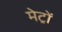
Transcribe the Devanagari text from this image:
मेट्रों